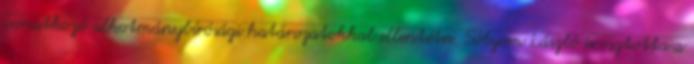
vonatkozó alkotmánybírósági határozatokkal ellentétes. Sólyom László is osztotta a